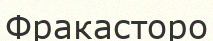
Фракасторо